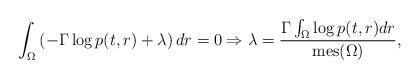
LaTeX: \begin{align*} \int_{\Omega}{\left(-\Gamma\log{p(t,r)} + \lambda\right)dr}=0 \Rightarrow \lambda = \frac{\Gamma\int_{\Omega}\log{p(t,r)dr}}{\mathrm{mes}(\Omega)},\end{align*}